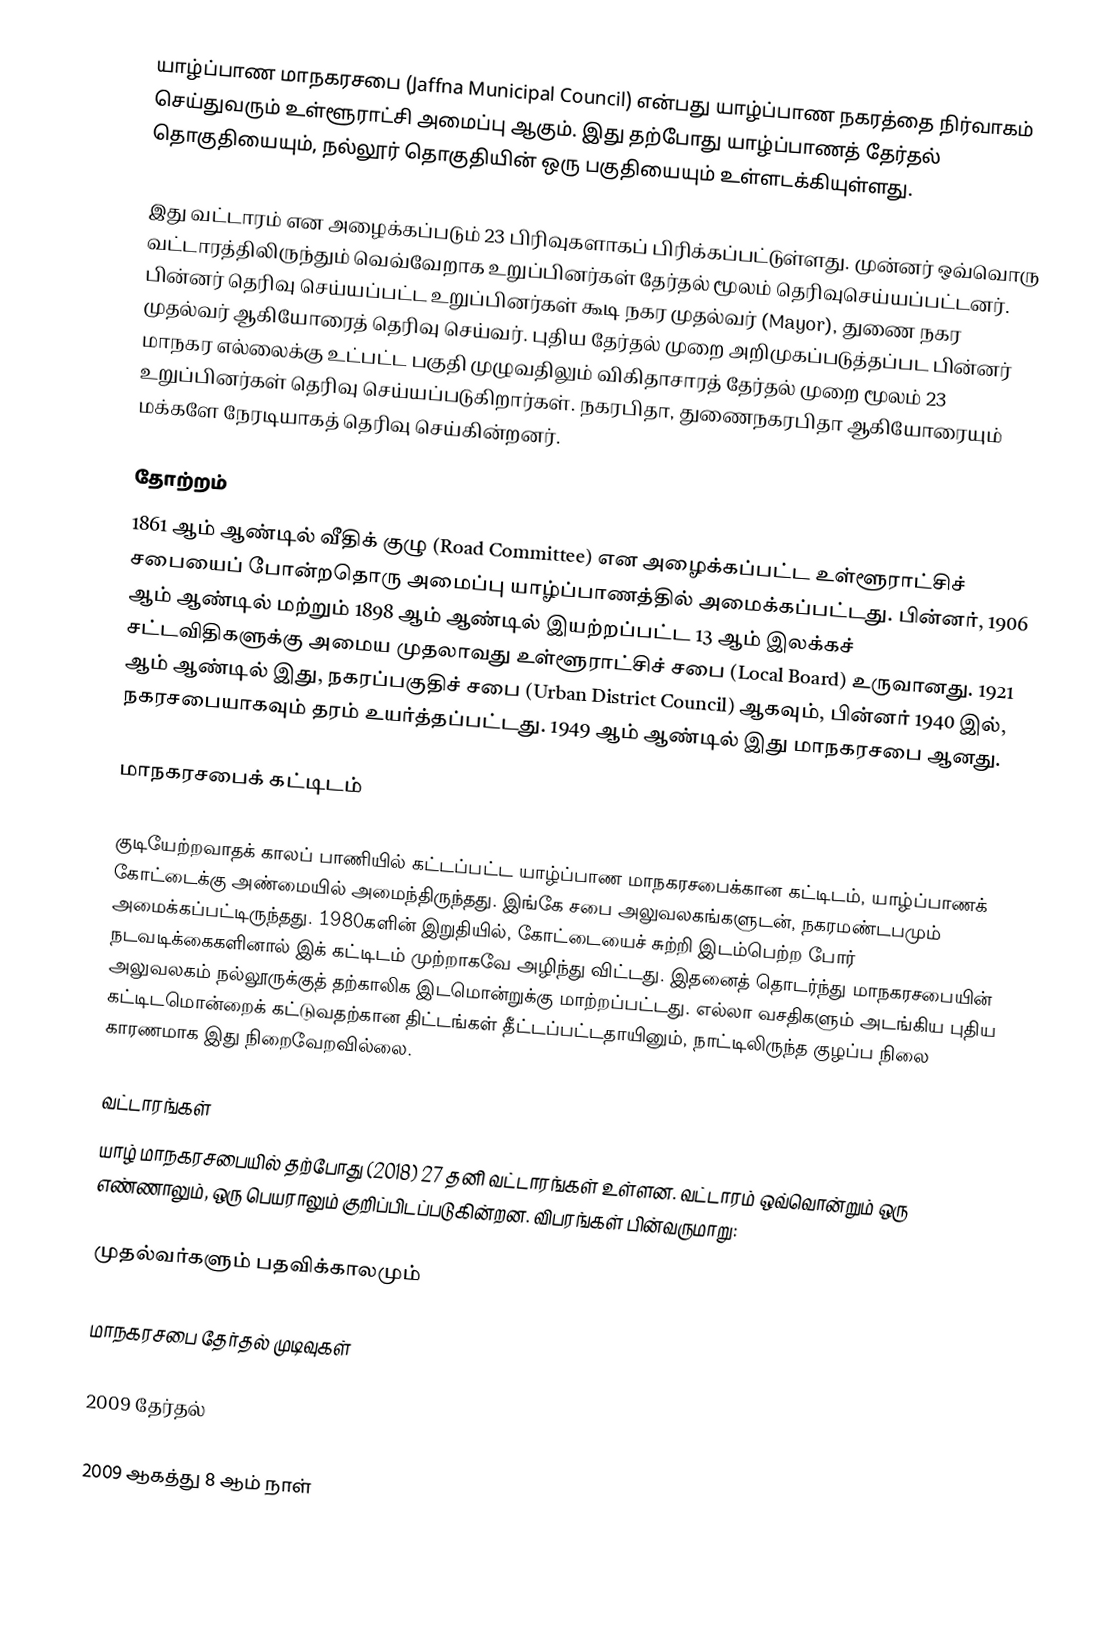
யாழ்ப்பாண மாநகரசபை (Jaffna Municipal Council) என்பது யாழ்ப்பாண நகரத்தை நிர்வாகம் செய்துவரும் உள்ளூராட்சி அமைப்பு ஆகும். இது தற்போது யாழ்ப்பாணத் தேர்தல் தொகுதியையும், நல்லூர் தொகுதியின் ஒரு பகுதியையும் உள்ளடக்கியுள்ளது.

இது வட்டாரம் என அழைக்கப்படும் 23 பிரிவுகளாகப் பிரிக்கப்பட்டுள்ளது. முன்னர் ஒவ்வொரு வட்டாரத்திலிருந்தும் வெவ்வேறாக உறுப்பினர்கள் தேர்தல் மூலம் தெரிவுசெய்யப்பட்டனர். பின்னர் தெரிவு செய்யப்பட்ட உறுப்பினர்கள் கூடி நகர முதல்வர் (Mayor), துணை நகர முதல்வர் ஆகியோரைத் தெரிவு செய்வர். புதிய தேர்தல் முறை அறிமுகப்படுத்தப்பட பின்னர் மாநகர எல்லைக்கு உட்பட்ட பகுதி முழுவதிலும் விகிதாசாரத் தேர்தல் முறை மூலம் 23 உறுப்பினர்கள் தெரிவு செய்யப்படுகிறார்கள். நகரபிதா, துணைநகரபிதா ஆகியோரையும் மக்களே நேரடியாகத் தெரிவு செய்கின்றனர்.

தோற்றம்
1861 ஆம் ஆண்டில் வீதிக் குழு (Road Committee) என அழைக்கப்பட்ட உள்ளூராட்சிச் சபையைப் போன்றதொரு அமைப்பு யாழ்ப்பாணத்தில் அமைக்கப்பட்டது. பின்னர், 1906 ஆம் ஆண்டில் மற்றும் 1898 ஆம் ஆண்டில் இயற்றப்பட்ட 13 ஆம் இலக்கச் சட்டவிதிகளுக்கு அமைய முதலாவது உள்ளூராட்சிச் சபை (Local Board) உருவானது. 1921 ஆம் ஆண்டில் இது, நகரப்பகுதிச் சபை (Urban District Council) ஆகவும், பின்னர் 1940 இல், நகரசபையாகவும் தரம் உயர்த்தப்பட்டது. 1949 ஆம் ஆண்டில் இது மாநகரசபை ஆனது.

மாநகரசபைக் கட்டிடம்

குடியேற்றவாதக் காலப் பாணியில் கட்டப்பட்ட யாழ்ப்பாண மாநகரசபைக்கான கட்டிடம், யாழ்ப்பாணக் கோட்டைக்கு அண்மையில் அமைந்திருந்தது. இங்கே சபை அலுவலகங்களுடன், நகரமண்டபமும் அமைக்கப்பட்டிருந்தது. 1980களின் இறுதியில், கோட்டையைச் சுற்றி இடம்பெற்ற போர் நடவடிக்கைகளினால் இக் கட்டிடம் முற்றாகவே அழிந்து விட்டது. இதனைத் தொடர்ந்து மாநகரசபையின் அலுவலகம் நல்லூருக்குத் தற்காலிக இடமொன்றுக்கு மாற்றப்பட்டது. எல்லா வசதிகளும் அடங்கிய புதிய கட்டிடமொன்றைக் கட்டுவதற்கான திட்டங்கள் தீட்டப்பட்டதாயினும், நாட்டிலிருந்த குழப்ப நிலை காரணமாக இது நிறைவேறவில்லை.

வட்டாரங்கள்
யாழ் மாநகரசபையில் தற்போது (2018) 27 தனி வட்டாரங்கள் உள்ளன. வட்டாரம் ஒவ்வொன்றும் ஒரு எண்ணாலும், ஒரு பெயராலும் குறிப்பிடப்படுகின்றன. விபரங்கள் பின்வருமாறு:

முதல்வர்களும் பதவிக்காலமும்

மாநகரசபை தேர்தல் முடிவுகள்

2009 தேர்தல்

2009 ஆகத்து 8 ஆம் நாள்